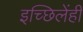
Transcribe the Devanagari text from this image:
इच्छिलेंही